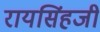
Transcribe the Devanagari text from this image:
रायसिंहजी